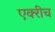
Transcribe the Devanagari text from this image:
एक्‍रीच